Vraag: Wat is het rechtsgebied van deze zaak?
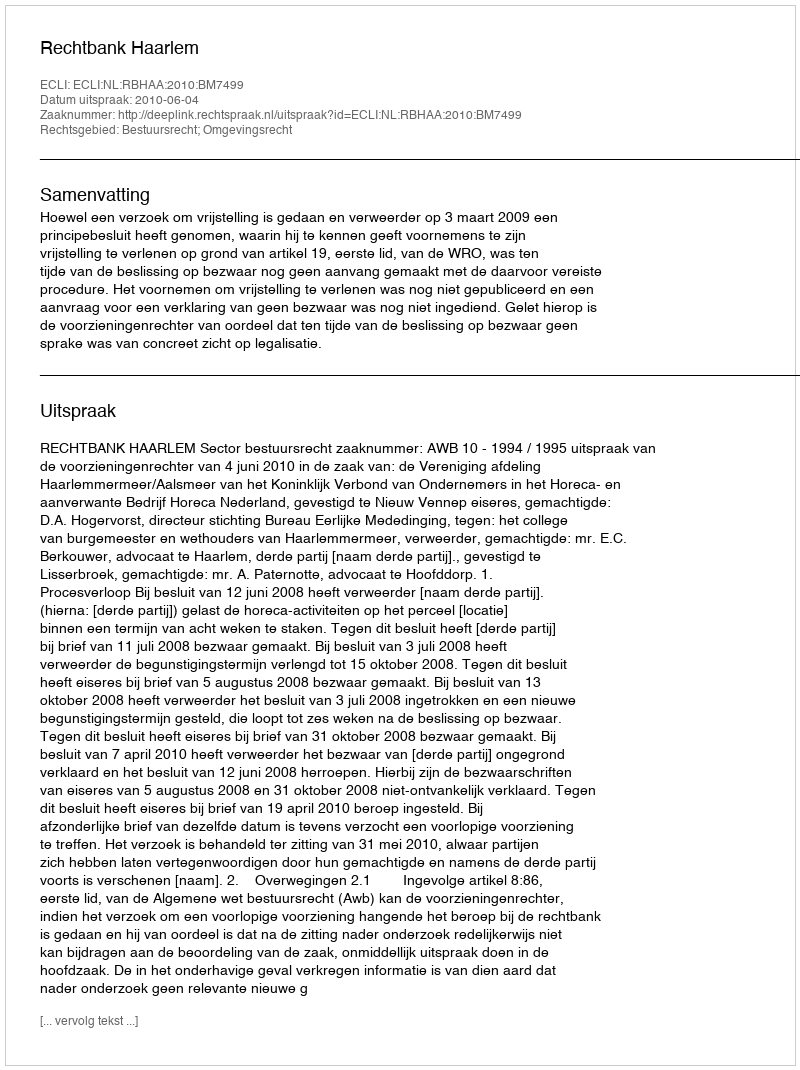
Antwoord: Bestuursrecht; Omgevingsrecht